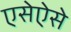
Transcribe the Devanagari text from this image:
एसेऐसे